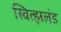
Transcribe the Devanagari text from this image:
स्वित्झलंड